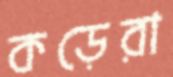
কড়েরা